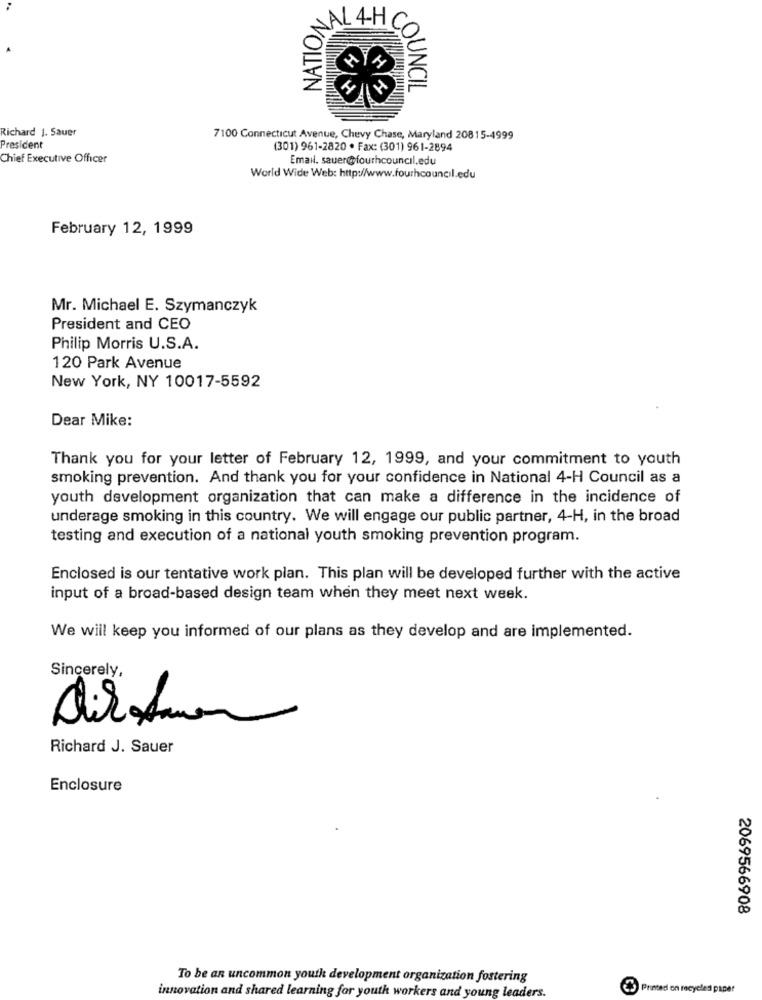
NATION
4-H
COUNCIL
Richard J. Sauer
7100 Connecticut Avenue, Chevy Chase, Maryland 20815-4999
President
(301) 961-2820 · Fax: (301) 961-2894
Chief Executive Officer
Email. sauer@@fourhcouncil.edu
World Wide Web: http://www.fourhcouncil.edu
February 12, 1999
Mr. Michael E. Szymanczyk
President and CEO
Philip Morris U.S.A.
120 Park Avenue
New York, NY 10017-5592
Dear Mike:
Thank you for your letter of February 12, 1999, and your commitment to youth
smoking prevention. And thank you for your confidence in National 4-H Council as a
youth development organization that can make a difference in the incidence of
underage smoking in this country. We will engage our public partner, 4-H, in the broad
testing and execution of a national youth smoking prevention program.
Enclosed is our tentative work plan. This plan will be developed further with the active
input of a broad-based design team when they meet next week.
We will keep you informed of our plans as they develop and are implemented.
Sincerely,
Richard J. Sauer
Enclosure
2069566908
To be an uncommon youtk development organization fostering
Printed on recycles paper
innovation and shared learning for youth workers and young leaders.